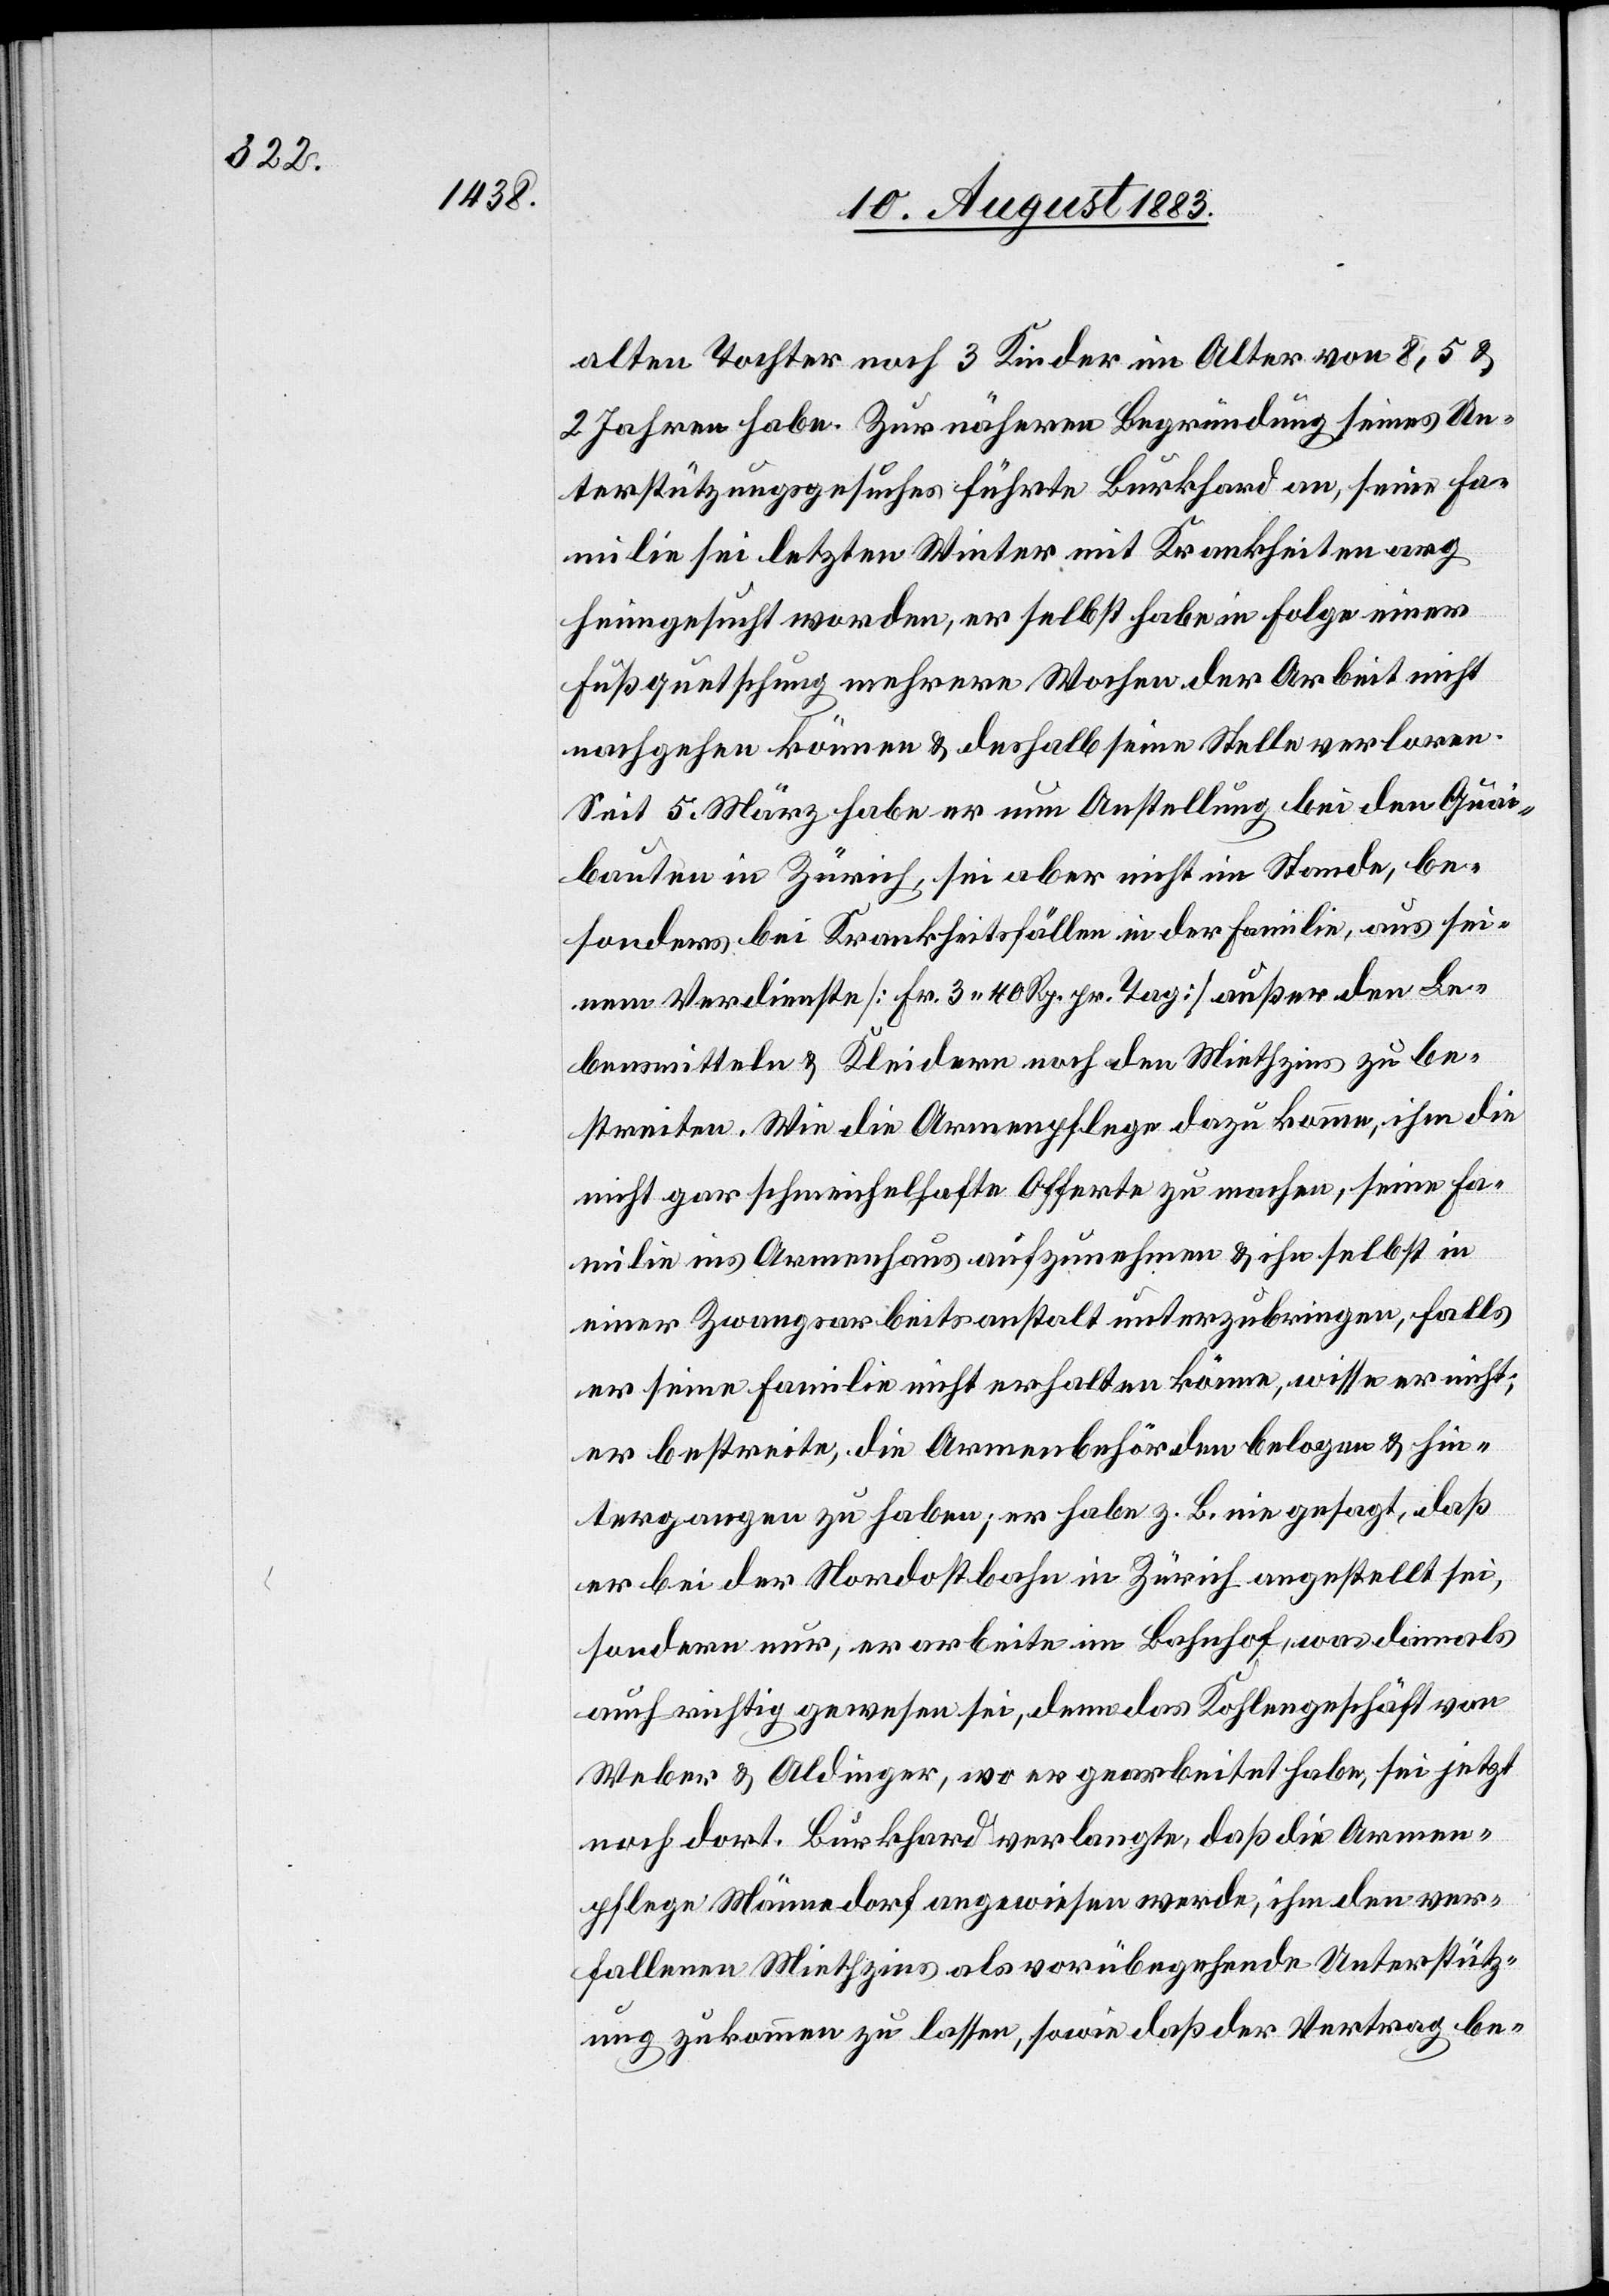
alten Tochter noch 3 Kinder im Alter von 8, 5 &
2 Jahren habe. Zur nähern Begründung seines Un¬
terstützungsgesuches führte Burkhard an, seine Fa¬
milie sei letzten Winter mit Krankheiten arg
heimgesucht worden, er selbst habe in Folge einer
Fußquetschung mehrere Wochen der Arbeit nicht
nachgehen können & deshalb seine Stelle verloren.
Seit 5. März habe er nun Anstellung bei den Quai¬
bauten in Zürich, sei aber nicht im Stande, be¬
sonders bei Krankheitsfällen in der Familie, aus sei¬
nem Verdienste [Fr. 3 40 Rp. pr. Tag] außer den Le¬
bensmitteln & Kleidern noch den Miethzins zu be¬
streiten. Wie die Armenpflege dazu komme, ihm die
nicht gar schmeichelhafte Offerte zu machen, seine Fa¬
milie ins Armenhaus aufzunehmen & ihn selbst in
einer Zwangsarbeitsanstalt unterzubringen, falls
er seine Familie nicht erhalten könne, wisse er nicht;
er bestreite, die Armenbehörden belogen & hin¬
tergangen zu haben; er habe z. B. nie gesagt, daß
er bei der Nordostbahn in Zürich angestellt sei,
sondern nur, er arbeite im Bahnhof, was damals
auch richtig gewesen sei, denn das Kohlengeschäft von
Weber & Aldinger, wo er gearbeitet habe, sei jetzt
noch dort. Burkhard verlangte, daß die Armen¬
pflege Männedorf angewiesen werde, ihm den ver¬
fallenen Miethzins als vorübergehende Unterstütz¬
ung zukommen zu lassen, sowie daß der Vertrag be-